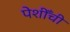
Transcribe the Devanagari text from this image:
पेशीँची